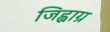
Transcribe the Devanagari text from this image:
जिह्वाग्र